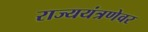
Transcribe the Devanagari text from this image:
राज्ययंत्रणेवर